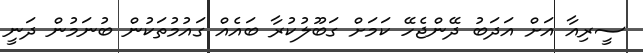
ސީރިއާ އަށް އަދަބު ދޭންޖެހޭ ކަމަށް ގަބޫލުކުރާ ބައެއް ގައުމުތަކުން ބުނަމުން ދަނީ